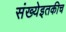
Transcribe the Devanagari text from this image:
संख्येइतकीच